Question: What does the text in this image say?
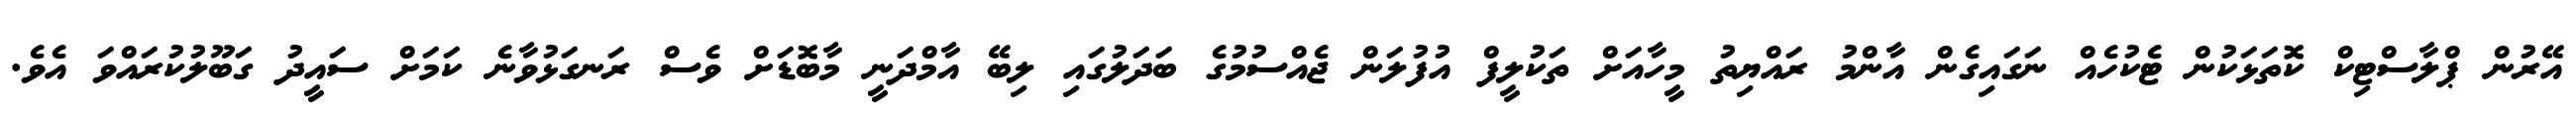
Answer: އޭރުން ޕްލާސްޓިކް ކޮތަޅަކުން ޓެކުހެއް ނަގައިގެން އާންމު ރައްޔިތު މީހާއަށް ތަކުލީފް އުފުލަން ޖެއްސުމުގެ ބަދަލުގައި ލިބޭ އާމްދަނީ މާބޮޑަށް ވެސް ރަނގަޅުވާނެ ކަމަށް ސައީދު ގަބޫލުކުރައްވަ އެވެ.